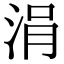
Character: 涓